Vital statistics of India. Vol. VI, European troops 1870-79
Year: 1870
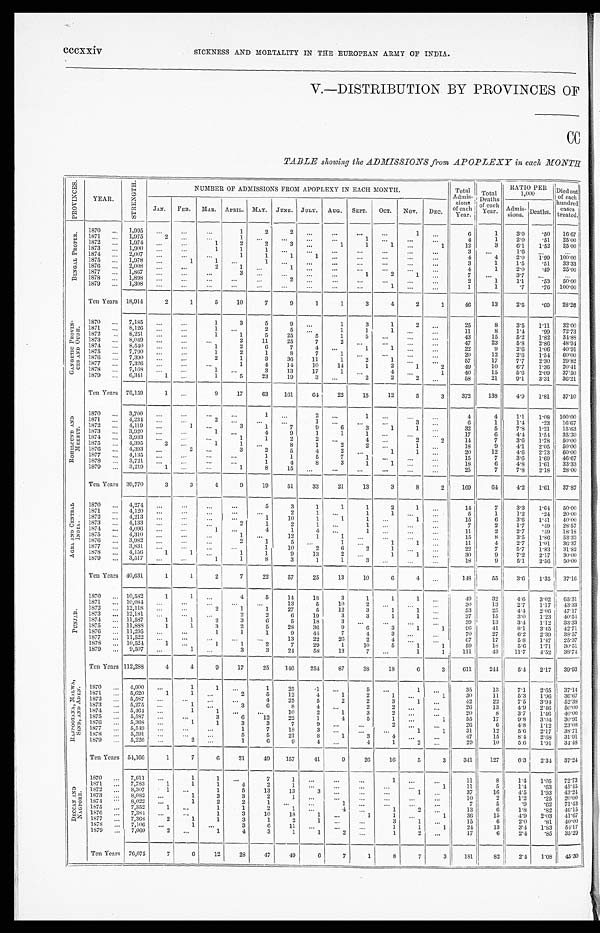
cccxxiv
SICKNESS AND MORTALITY IN THE EUROPEAN ARMY OF INDIA.
V.—DISTRIBUTION BY PROVINCES OF
CC
TABLE showing the ADMISSIONS from APOPLEXY in each MONTH
P R O V I N C E S .
YEAR.
S T R E N G T H .
NUMBER OF ADMISSIONS FROM APOPLEXY IN EACH MONTH.
Total
Admis-
sions
of each
Year.
Total
Deaths
of e a c h
Y e a r .
RATIO PER
1,000
Died out
of each
hundred
cases
treated.
JAN. FEB. MAR. APRIL.
M A Y . JUNE. JULY. AUG. SEPT. OCT. NOV. DEC.
Admis- s i o n s . Deaths.
B E N G A L P R O P E R .
1870
. . . 1,995
. . .
. . .
. . .
1
2
2
. . . ...
. . .
. . .
1
. . .
6
1
3 . 0
. 5 0
1 6 . 6 7
1871 ... 1,975
2 ...
. . .
1
. . . ...
...
...
1
...
. . .
. . .
4
1
2.0
.51 25.00
1872 ... 1,974
. . . ...
1
2
2
3
. . .
1
1
1
...
1
1 2
3
6 . 1
1 . 5 2
2 5 . 0 0
1873 ... 1,900
. . .
...
1
1
1
. . . ... ...
. . .
. . .
...
. . .
3
. . .
1 . 6
. . .
. . .
1874 ... 2,007
. . .
. . .
. . .
1
1
1
1 ...
. . .
. . .
...
. . .
4
4
2.0
1 . 9 9
1 0 0 . 0 0
1875 ... 1,978
. . .
1
1 ...
1
. . .
. . .
...
. . .
. . .
...
...
3
1
1.5
. 5 1 33.33
1876 ... 2,008 ...
...
2
1
. . .
1
. . .
...
. . . ...
...
...
4
1
2.0
. 4 9 25.00
1877 ... 1,867 ... ...
. . .
3 ...
. . .
. . . ...
1
2
1
. . .
7
. . . 3.7
. . .
. . .
1878
. . . 1,898
. . .
. . .
...
...
. . .
2
. . . ...
. . .
. . .
. . . . . .
2
1
1.1 .53 50.00
1879 ... 1,308
. . .
...
. . . ...
. . .
. . . ...
...
...
1
...
...
1
1
.7
.76 100.00
Ten Years 18,914
2
1
5
10
7
9
1
1
3
4
2
1
46
13
2.5
.69 28.26
G A N G E T I C P R O V I N -
C E S A N D O U D H . 1870 ... 7,185
. . .
. . .
1
3
5
9
. . .
1
3
1
2
. . .
2 5
8
3 . 5
1 . 1 1
3 2 . 0 0
1871 ... 8,126
. . . ...
1
. . .
2
5
. . .
1
1
1
. . .
. . .
11
8
1.4
. 9 9
7 2 . 7 3
1872
. . . 8,251
. . .
...
1
1
5
25
5
1
5 ...
. . .
. . .
43
15
5.2 1.82 34.88
1873
. . . 8,049 ...
...
...
2
11
25
7
2
. . .
. . .
. . .
...
47
23
5.8
2.86 48.94
1874 ... 8,540
. . . ...
1
2
6
7
4
. . .
1
1
...
...
22
9
2 . 6
1 . 0 6
4 0 . 9 1
1875
. . . 7,790
. . .
...
1
2
1
8
7
1
. . .
. . .
. . .
...
20
12
2.6
1.54 60.00
1876 ... 7,390
. . . ...
2
1
3
36
11
1
2
1
. . . ...
5 7
17
7 . 7
2 . 3 0
2 9 . 8 2
1877
. . . 7,326
. . . ...
...
1
4
14
10
14
1
2
1
2
4 9
10
6.7 1.36 20.41
1878
. . . 7,168
. . .
. . .
1 ...
3
13
17
1
. . .
4
. . . 1
40
1 5
5 . 6
2 . 0 9
3 7 . 5 0
1879
. . . 6,341
1 ...
1
5
23
19
3
. . .
2
2
2
. . .
58
21
9.1
3.31 36.21
Ten Years 76,159
1 ...
9
17
63
161
64
22
15
12
5
3
372
138
4.9
1.81 37.10
R O H I L C U N D A N D
M E E R U T .
1870 ... 3,700
. . . ...
. . .
. . .
1
. . .
2 ...
1
. . .
. . .
. . .
4 4
1 . 1
1 . 0 8
1 0 0 . 0 0
1871 ... 4,234
. . .
...
2
. . . ...
...
1 ...
. . . ...
3
...
6
1
1.4
. 2 3
1 6 . 6 7
1872 ... 4,119 ...
1
. . .
3
1
7
9
6
3
1
1
. . .
32
5
7.8 1.21 15.63
1873 ... 3,920 ...
. . .
1 ...
4
9
1
1
1
. . .
. . .
. . .
17
6
4.4
1 . 5 4
3 5 . 3 0
1874 ... 3,933
. . .
...
...
1
1
2
2
. . .
4 ...
2
2
14
7
3.6 1.78 50.00
1875
. . . 4,395
2
. . .
1
1
. . .
8
1
2
2
. . .
1
. . .
18
9
4.1
2 . 0 5
5 0 . 0 0
1876
. . . 4,393 ...
2
. . .
3
2
5
4
2
. . .
1
1
. . .
2 0
1 2
4 . 6
2 . 7 3
6 0 . 0 0
1877
. . . 4,135
. . . ...
. . . ...
1
1
5
7
1
. . .
. . . . . .
15
7
3 . 6
1 . 6 9
4 6 . 6 7
1878 ... 3,721
. . . ...
. . . . . .
1
4
8
3
1
1
...
...
1 8
6
4 . 8
1 . 6 1 3 3 . 3 3
1879
. . . 3,219
1 ...
. . .
1
8
15 ...
...
...
...
...
...
25
7
7.8 2.18 28.00
Ten Years 39,770
3
3
4
9
19
51
33
21
13
3
8
2
169
64
4.2 1.61 37.87
A G R A A N D C E N T R A L
I N D I A . 1870 ... 4,274
. . .
. . . ...
. . .
5
3
1
1
1
2
1
. . .
1 4
7
3.3
1 . 6 4
5 0 . 0 0
1871
. . . 4,120 ...
. . .
...
...
...
2
1
. . .
1
1
. . .
. . .
5
1
1.2 .24 20.00
1872 ... 4,213
. . .
...
...
...
1
10
1
1
1
. . .
1
...
15
6
3.6 1.41 40.00
1873
. . . 4,133
. . .
...
...
2
1
2
1 ...
1
. . .
. . . ...
7
2
1.7
. 4 9 28.57
1874 ... 4,096
. . . ...
1
. . .
4
1
4 ...
1 ...
...
...
11
2 2.7
.49 18.18
1875
. . . 4,310 ...
. . .
...
1
. . . 12
1
1
. . .
. . .
...
...
15
8
3.5
1.86 53.33
1876
. . .
3 , 9 8 2 ... ...
. . . 2
1
5
. . .
1
. . .
1
1
. . .
11
4
2.7
1.01 36.37
1877 ... 3,831
. . .
. . .
...
. . .
1
10
2
6 2
1
. . .
. . .
22
7
5.7
1.83 31.82
1878 ... 4,156
1 1
. . .
1
1
9
13
2 ...
1
1
. . .
30
9
7.2 2.17 30.00
1879
. . . 3,517 ... ...
1
1
8
3
1
1
3
. . . ...
. . .
18
9
5.1
2.56 50.00
Ten Years 40,631
1
1
2
7
22
57
25
13
10
6
4
. . . 148
55
3 . 6
1.35 37.16
P U N J A B .
1870 ... 10,582
1
1
. . .
4
5
14
18
3
1
1
1
. . .
4 9
32
4.6 3.02 65.31
1871
. . . 10,084
. . .
. . .
...
. . .
. . . 13
5
10
2
. . .
. . .
. . . 30
13
2.7
1 . 1 7 43.33
1872
. . . 12,118
. . . ...
2
1
1
27
5
12
3
1
1
. . .
53
25
4.4
2 . 0 6
4 7 . 1 7
1873 ... 12,181
. . . ...
. . .
2
2
6
19
3
3
1
1
. . .
37
15
3.0
1 . 2 3 40.54
1874
. . . 11,587
1
1
2
3
6
5
18
3
. . .
. . .
. . .
. . .
39
13
3.4
1.12
3 3 . 3 3
1875
. . . 11,888
1
1
3
2
5
28
36
9
6
3
1
1
9 6
4 1
8 . 1
3 . 4 5
4 2 . 7 1
1876
. . . 11,295 ...
...
1
1
1
9
44
7
4
3
. . . . . .
7 0
2 7 6 . 2
2 . 3 9
3 8 . 5 7
1877 ... 11,522
. . .
...
...
. . .
. . . 13
22
26
2
4
. . .
. . .
67
1 7 5 . 8
1 . 4 7
2 5 . 3 7
1878 ... 10,524
1
. . .
1
1
2
7
29
1
10
5
1
1
5 9
18
5.6 1.71
3 0 . 5 1
1879
. . . 9,507 ...
1
. . .
3
3
24
58
13
7
. . .
1
1
111
43
11.7
4.52 38.74
Ten Years 112,288
4
4
9
17
25
146
254
87
38
18
6 3
611
244
5.4 2.17 39.93
R A J P O O T A N A , M A L W A ,
S I N D , A N D A D E N . 1870
. . . 4,900
. . .
1
1
. . .
1
25
1
. . .
5
. . .
1
. . .
35
13
7 . 1
2 . 6 5
3 7 . 1 4
1871
. . . 5,620
1
1
. . .
2
5
12
4
1
2
1
. . . 1
3 0
1 1
5 . 3
1 . 9 6
3 6 . 6 7
1872 . . .
5 , 5 8 7 ...
...
. . .
. . .
4
25
5
2
2
3
1
. . .
4 2
2 2 7 . 5
3 . 9 4
5 2 . 3 8
1873 ... 5,275 ...
1
. . .
3
6
8
4
. . .
2
2
. . .
. . .
26
13
4 . 9
2 . 4 6
5 0 . 0 0
1874 . . . 5,464 ...
1
1
. . .
. . . 10
2
1
3
2
. . . ...
20
8
3 . 7
1 . 4 6
4 0 . 0 0
1875
. . . 5,587
. . .
. . .
3
6
12
22
1
4
5
1
. . .
1
55
17
9.8
3 . 0 4 30.91
1876 ... 5,368 ...
1
1
3
3
7
9
. . .
. . .
2
. . .
. . .
26
6
4.8
1 . 1 2 23 .08
1877 ... 5,549 ...
. . .
. . .
1
7
1 8
3
. . . . . .
. . .
1
1
31
12
5 . 6
2 . 1 7
3 8 . 7 1
1878
. . . 5,591
. . .
...
. . .
5
5
21
8
1
3
4
. . .
. . .
47
15
8 . 4 2.68 31.91
1879
. . . 5,226
. . .
2
. . .
1
6
9
4
. . .
4
1
2 ...
29
10
5.6
1.91 34.48
Ten Years 54,166
1
7
6
21
49
157
41
9
26
16
5
3
341
127
6.3 2.34 37.24
D E C C A N A N D
N A G P O R E .
1870
. . . 7,611
...
1
1
. . .
7
1
. . .
...
. . .
1
...
. . .
11
8
1 . 4
1 . 0 5
72.73
1871
. . . 7,783
1
1
1
4
2
1 ...
...
. . .
. . . ...
1
1 1 5
1.4
. 6 3
4 5 . 4 5
1872
. . . 8,307
1
. . .
1
5
13
13
3
. . .
. . .
. . .
1
. . .
37
16
4.5
1 . 9 3 43.24
1873
. . . 8,082
. . .
1
3
3
2
1
. . .
...
. . .
. . .
. . .
. . .
1 0
2
1 . 2
. 2 5
2 0 . 0 0
1874
. . . 8,022
. . .
1
2
2
1
. . .
. . . 1
. . .
. . .
...
...
7
5
. 9
. 6 2
7 1 . 4 3
1875
. . . 7,352
1 ...
1
1
2
1
. . . 4
. . .
1
2
...
13
6
1.8
. 8 2 46.15
1876
. . . 7,384
. . . ...
1
3
10
18
1 ...
1
1
. . .
1
36
15
4 . 9
2 . 0 3 41.67
1877
. . . 7,368
2
1
1
3
1
2
1 ...
. . .
3
1
. . .
1 5
6
2 . 0
. 8 1
4 0 . 0 0
1878
... 7,106
. . .
1
. . .
3
6
11
. . .
. . .
. . .
1
1
1
24
13
3.4 1.83 54.17
1879 . . . 7,060
2
. . .
1
4
3
1
1
2
. . .
1
2 ...
17
6
2.4 .85 35.29
Ten Years 76,075
7
6
12
28
47
49
6
7
1
8
7
3
181
8 2 2.4 1.08 45.30